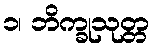
၁၊ ဘိက္ခုသုတ္တ